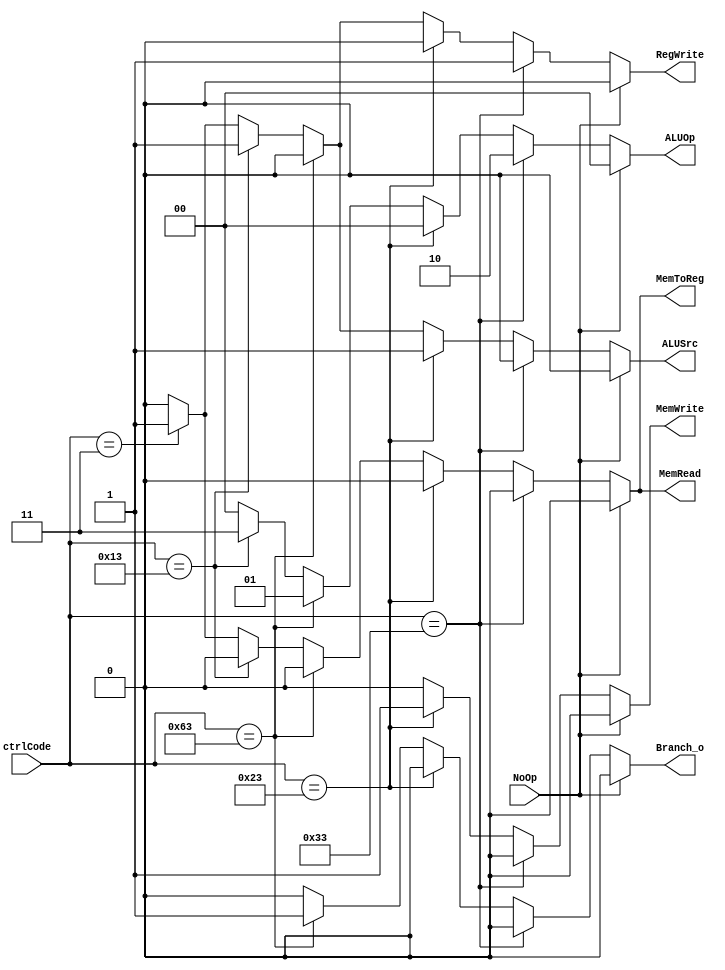
module Control(

  input [6:0]ctrlCode,
  input NoOp,
  output reg [1:0]ALUOp,
  output reg ALUSrc,
  output reg RegWrite,
  output reg MemToReg, 
  output reg MemRead, 
  output reg MemWrite,
  output reg Branch_o
);

always @(*) begin
  if (NoOp == 1'b1) begin
    ALUOp = 2'b00;
    ALUSrc = 0;
    RegWrite = 0;
    MemToReg = 0;
    MemRead = 0;
    MemWrite = 0;
    Branch_o = 0;
  end else begin
    if (ctrlCode == 7'b0110011) begin
      // and xor sll add sub mul
      ALUSrc = 0;
      ALUOp = 2'b10;
      RegWrite = 1;
      MemRead = 0;
      MemWrite = 0;
      MemToReg = 0;
      Branch_o = 0;
    end else if (ctrlCode == 7'b0100011) begin
      // sw
      ALUSrc = 1;
      ALUOp = 2'b00;
      RegWrite = 0;
      MemRead = 0;
      MemWrite = 1;
      MemToReg = 0;
      Branch_o = 0;
    end else if (ctrlCode == 7'b1100011) begin
      // beq
      ALUSrc = 0;
      ALUOp = 2'b01;
      RegWrite = 0;
      MemRead = 0;
      MemWrite = 0;
      MemToReg = 0;
      Branch_o = 1;
    end else if (ctrlCode == 7'b0010011) begin 
      // addi srai
      ALUSrc = 1;
      ALUOp = 2'b11; // The only diff, originally it should be 10
      RegWrite = 1;
      MemRead = 0;
      MemWrite = 0;
      MemToReg = 0;
      Branch_o = 0;
    end else if (ctrlCode == 7'b0000011) begin 
      // lw
      ALUSrc = 1;
      ALUOp = 2'b00;
      RegWrite = 1;
      MemRead = 1;
      MemWrite = 0;
      MemToReg = 1;
      Branch_o = 0;
    end else begin
      ALUSrc = 0;
      ALUOp = 2'b00;
      RegWrite = 0;
      MemRead = 0;
      MemWrite = 0;
      MemToReg = 0;
      Branch_o = 0;
    end
  end
end

  // assign ALUOp = (ctrlCode[5] ? 2'b10 : 2'b00);
  // assign ALUSrc = (~ctrlCode[5]);
  // assign RegWrite = 1;

endmodule